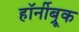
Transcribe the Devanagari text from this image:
हॉर्नीब्रूक